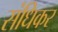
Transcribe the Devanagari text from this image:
संधिकर